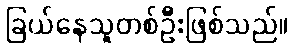
ခြယ်နေသူတစ်ဦးဖြစ်သည်။